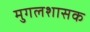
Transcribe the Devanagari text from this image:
मुगलशासक